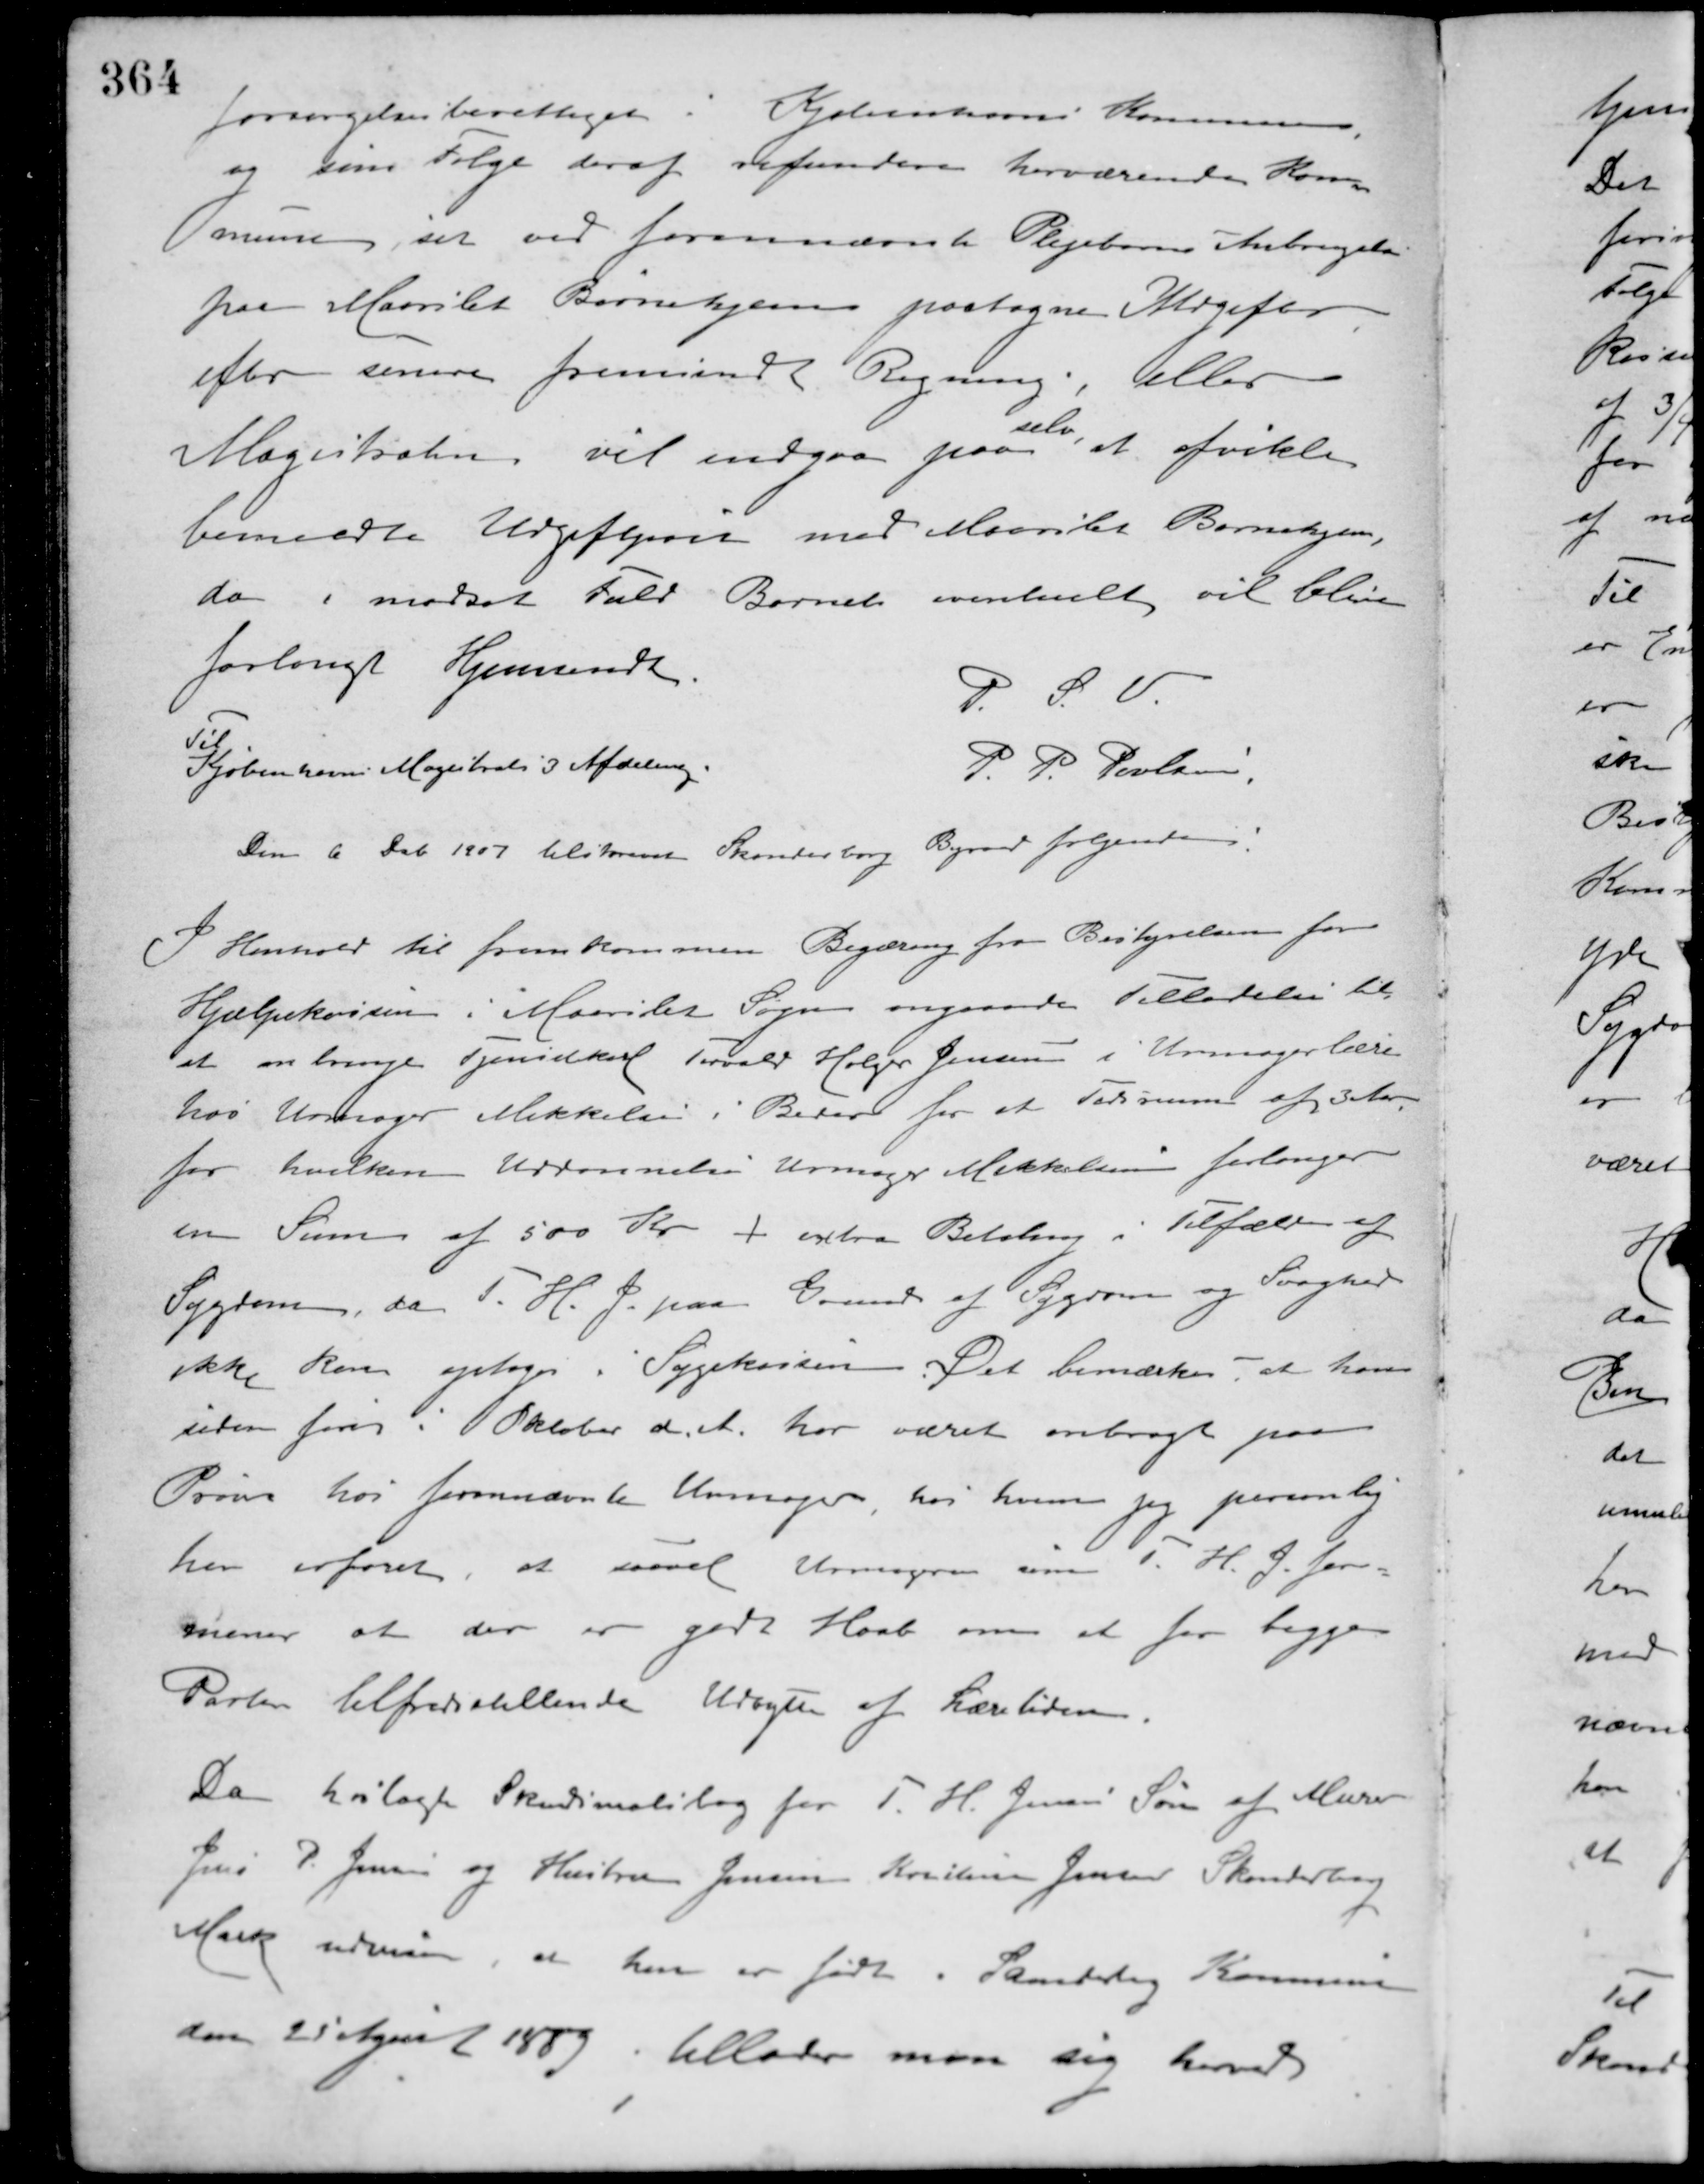
Transskription:
Forsørgelsesberettiget i Kjøbenhavns Kommune
og som Følge deraf refundere herværende Kom-
mune, sit ved forannævnte Plejebarns Anbringelse
paa Maarslet Børnehjems paatagne Udgifter
efter senere fremsendt Regning, eller
Magistraten vil indgaa paa
selv
at afvikle
bemeldte Udgifter med Maarslet Børnehjem,
da i modsat Fald Barnet eventuelt vil blive
forlangt Hjemsendt.
P. S. V.
P. P. Poulsen,
Til
Kjøbenhavns Magistrats 3 Afdeling.
Den 6 Deb. 1907 tilskrevet Skanderborg Byraad følgende:
I Henhold til fremkommen Begæring fra Bestyrelsen for
Hjælpekassen i Maarslet Sogn angaaende Tilladelse til
et anbringe Tjenestekarl Torvald Holger Jensen i Urmagerlære
hos Urmager Mikkelsen i Beder for et Tidsrum af 3 Aar
for hvilken Uddannelse Urmager Mikkelsen forlanger
en Sum af 500 Kr + extra Betaling i Tilfælde af
Sygdom, da T. H. J. paa Grund af Sygdom og Svaghed
ikke kan optages i Sygekassen. Det bemærkes, at han
siden først i Oktober d. A. har været anbragt paa
Prøve hos forannævnte Urmager hos hvem jeg personlig
har erfaret, at saavel Urmageren som T. H. J. for-
mener at der er godt Haab om at for begge
Parter tilfredsstillende Udbytte af Læretiden.
Da hoslagte Skudsmålsbog for T. H. Jensen Søn af Murer
Jens P. Jensen og Hustru Jensine Kirstine Jensen Skanderborg
Mark udviser, at han er født i Skanderborg Kommune
den 25 April 1889 tillader man sig herved